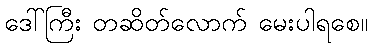
ဒေါ်ကြီး တဆိတ်လောက် မေးပါရစေ။